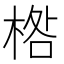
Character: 𣓌